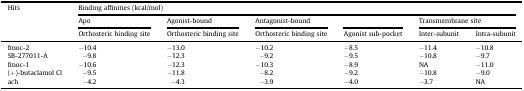
| Hits | <COLSPAN=6> Binding affinities (kcal/mol) |
 | Apo | Agonist-bound | Antagonist-bound |  | <COLSPAN=2> Transmembrane site |
 | Orthosteric binding site | Orthosteric binding site | Orthosteric binding site | Agonist sub-pocket | Inter-subunit | Intra-subunit |
 | --- | --- | --- | --- | --- | --- | --- |
 | fmoc-2 | −10.4 | −13.0 | −10.2 | −8.5 | −11.4 | −10.8 |
 | SB-277011-A | −9.8 | −12.3 | −9.2 | −9.5 | −10.8 | −9.7 |
 | fmoc-1 | −10.6 | −12.3 | −10.3 | −8.9 | NA | −11.0 |
 | (+)-butaclamol Cl | −9.5 | −11.8 | −8.2 | −9.2 | −10.8 | −9.0 |
 | ach | −4.2 | −4.3 | −3.9 | −4.0 | −3.7 | NA |